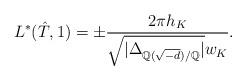
LaTeX: \begin{align*}L^{*}(\hat{T},1)=\pm \frac{2\pi h_K}{\sqrt{|\Delta_{\mathbb{Q}(\sqrt{-d})/\mathbb{Q}}|}w_K}.\end{align*}